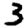
Digit: 3